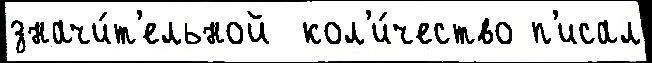
значи́т'ельной  кол'и́чество п'исал